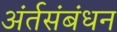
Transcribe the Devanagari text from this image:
अंर्तसंबंधन